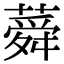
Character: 蕣